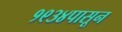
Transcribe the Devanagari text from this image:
१९३४पासून